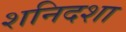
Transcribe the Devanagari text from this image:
शनिदशा